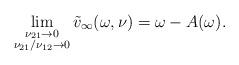
LaTeX: \begin{align*}\lim_{\substack{\nu_{21} \to 0 \\\nu_{21}/\nu_{12} \to 0}}\tilde v_{\infty}(\omega,\nu)=\omega-A(\omega).\end{align*}